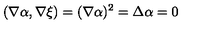
( \nabla \alpha , \nabla \xi ) = ( \nabla \alpha ) ^ { 2 } = \Delta \alpha = 0